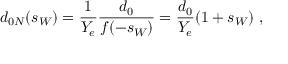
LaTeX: d _ { 0 N } ( s _ { W } ) = { \frac { 1 } { Y _ { e } } } { \frac { d _ { 0 } } { f ( - s _ { W } ) } } = { \frac { d _ { 0 } } { Y _ { e } } } ( 1 + s _ { W } ) ~ ,